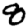
Digit: 8